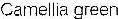
CAMELLIA GREEN